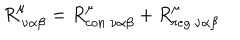
LaTeX: R _ { \ \nu \alpha \beta } ^ { \mu } = R _ { c o n \ \nu \alpha \beta } ^ { \mu } + R _ { r e g \ \nu \alpha \beta } ^ { \mu }